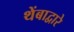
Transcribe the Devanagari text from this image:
थेंबाद्वारे